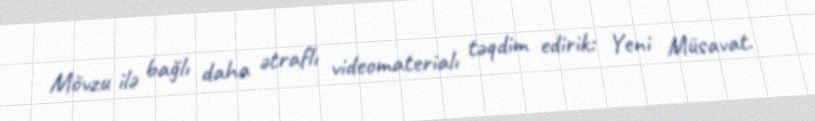
Mövzu ilə bağlı daha ətraflı videomaterialı təqdim edirik: Yeni Müsavat.